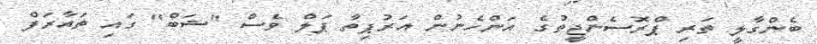
ބެންގާލީ ތަރި ޕްރޮސެންޖީތުގެ އަންހެނުން އަރުޕިތާ ޕަލް ވެސް ''ޝަބް'' ގައި ތައާރަފް